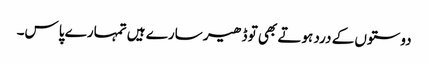
دوستوں کے درد ہوتے بھی تو ڈھیر سارے ہیں تمہارے پاس۔